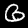
Digit: 6